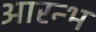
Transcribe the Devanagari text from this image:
आरन्भ